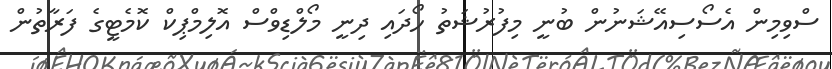
ސްވިމިން އެސޯސިއޭޝަނުން ބުނީ މިފުރުޝަތު ހޯދައި ދިނީ މޯލްޑިވްސް އޮލިމްޕިކް ކޮމެޓީގެ ފަރާތުން